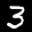
Label: 3